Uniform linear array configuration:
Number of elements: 32
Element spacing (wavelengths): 1
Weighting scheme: cosine
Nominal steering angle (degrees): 15
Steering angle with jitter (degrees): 16.735
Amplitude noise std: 0.05
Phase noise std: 0.05

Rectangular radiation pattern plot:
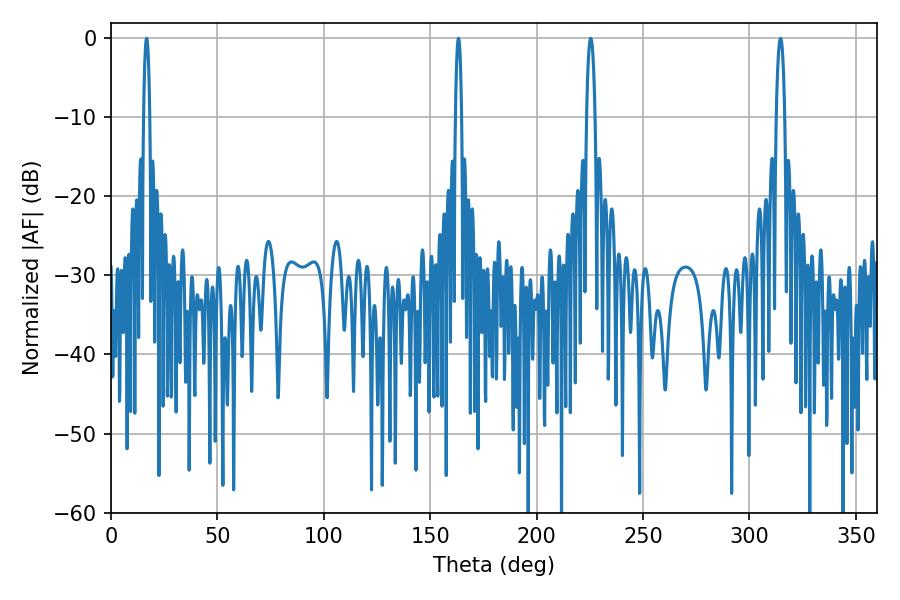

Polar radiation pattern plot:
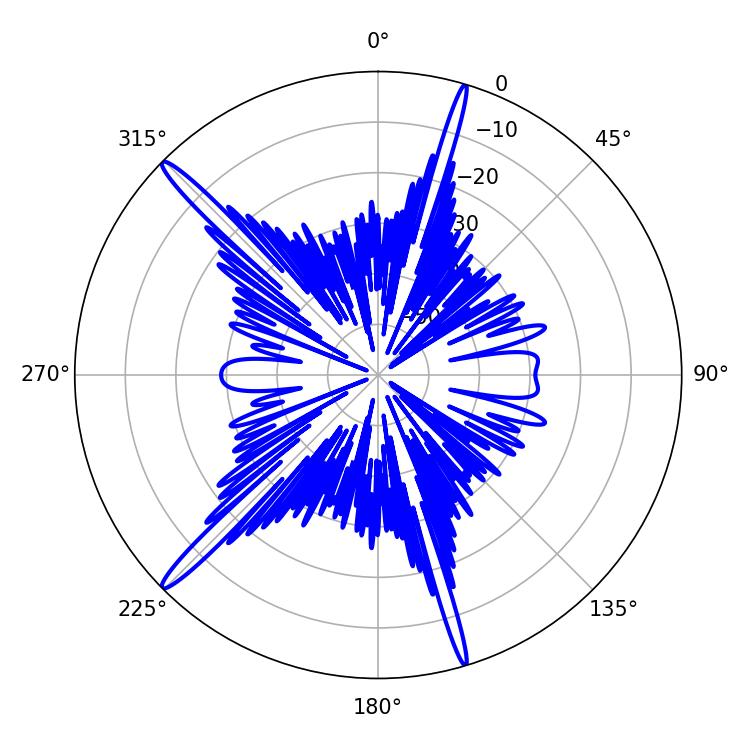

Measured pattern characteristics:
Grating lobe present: TRUE
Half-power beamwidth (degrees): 1.44
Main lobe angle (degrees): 16.74